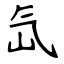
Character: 氙